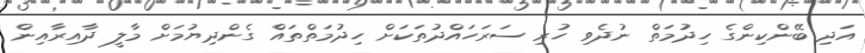
އަދި ބޭންކިންގެ ހިދުމަތް ނުދެވި ހުރި ސަރަހައްދުތަކަށް ހިދުމަތްތައް ގެންދިޔުމަށް މާލީ ދާއިރާއިން